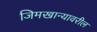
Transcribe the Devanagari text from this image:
जिमखान्यावरील